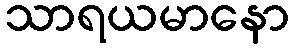
သာရယမာနော